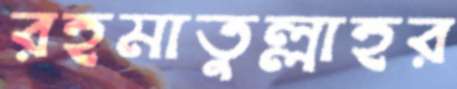
রহমাতুল্লাহর